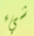
شيء